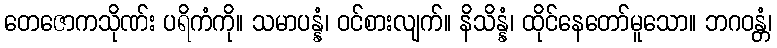
တေဇောကသိုဏ်း ပရိကံကို။ သမာပန္နံ၊ ဝင်စားလျက်။ နိသိန္နံ၊ ထိုင်နေတော်မူသော။ ဘဂဝန္တံ၊